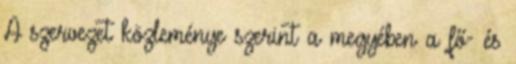
A szervezet közleménye szerint a megyében a fő- és